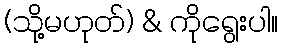
(သို့မဟုတ်) & ကိုရွေးပါ။